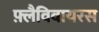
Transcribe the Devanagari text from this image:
फ़्लैविवायरस